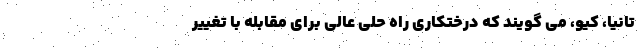
تانیا، کیو، می گویند که درختکاری راه حلی عالی برای مقابله با تغییر